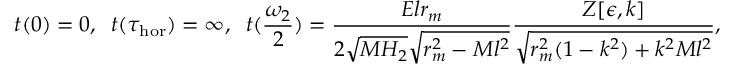
t ( 0 ) = 0 , \; \; t ( \tau _ { \mathrm { h o r } } ) = \infty , \; \; t ( \frac { \omega _ { 2 } } { 2 } ) = \frac { E l r _ { m } } { 2 \sqrt { M H _ { 2 } } \sqrt { r _ { m } ^ { 2 } - M l ^ { 2 } } } \frac { Z [ \epsilon , k ] } { \sqrt { r _ { m } ^ { 2 } ( 1 - k ^ { 2 } ) + k ^ { 2 } M l ^ { 2 } } } ,